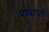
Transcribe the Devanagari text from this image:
प्रांताचीं